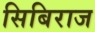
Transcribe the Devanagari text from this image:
सिबिराज